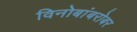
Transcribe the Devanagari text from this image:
विनोबांबरोबर